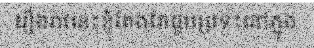
រឿងរ៉ាវនេះខ្ញុំតែងតែជួបប្រទះនៅក្នុង